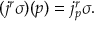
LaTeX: ( j ^ { r } \sigma ) ( p ) = j _ { p } ^ { r } \sigma .